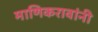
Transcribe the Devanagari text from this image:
माणिकरावांनी